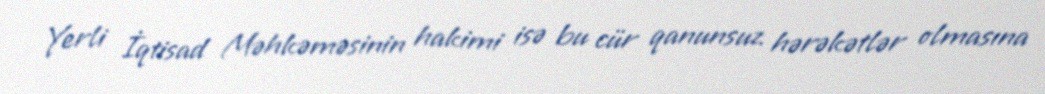
Yerli İqtisad Məhkəməsinin hakimi isə bu cür qanunsuz hərəkətlər olmasına